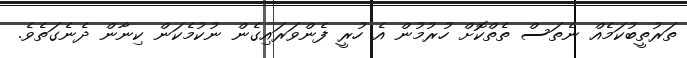
ތަރުތީބުކަމެއް ނެތަސް ތެތްކޮށް ހުރުމުން އެ ހުރީ ފެންވަރައިގެން ނުކުމެކަން ކިނާން ދެނެގަތެވެ.